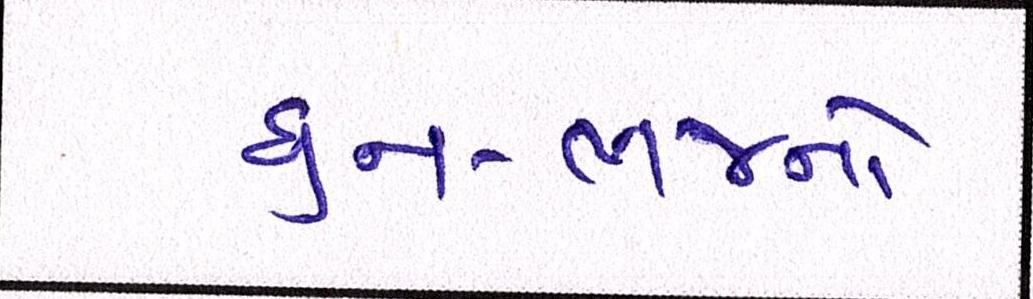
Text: ધુન-ભજનો